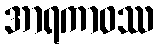
အာရကာဝဿ